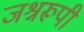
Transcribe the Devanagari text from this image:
जश्नरूपी